DOW-UAP-D49, Launch Summary, Vandenberg AFB, 2000
Agency: Department of War
Incident date: 2/3/00
Page 15
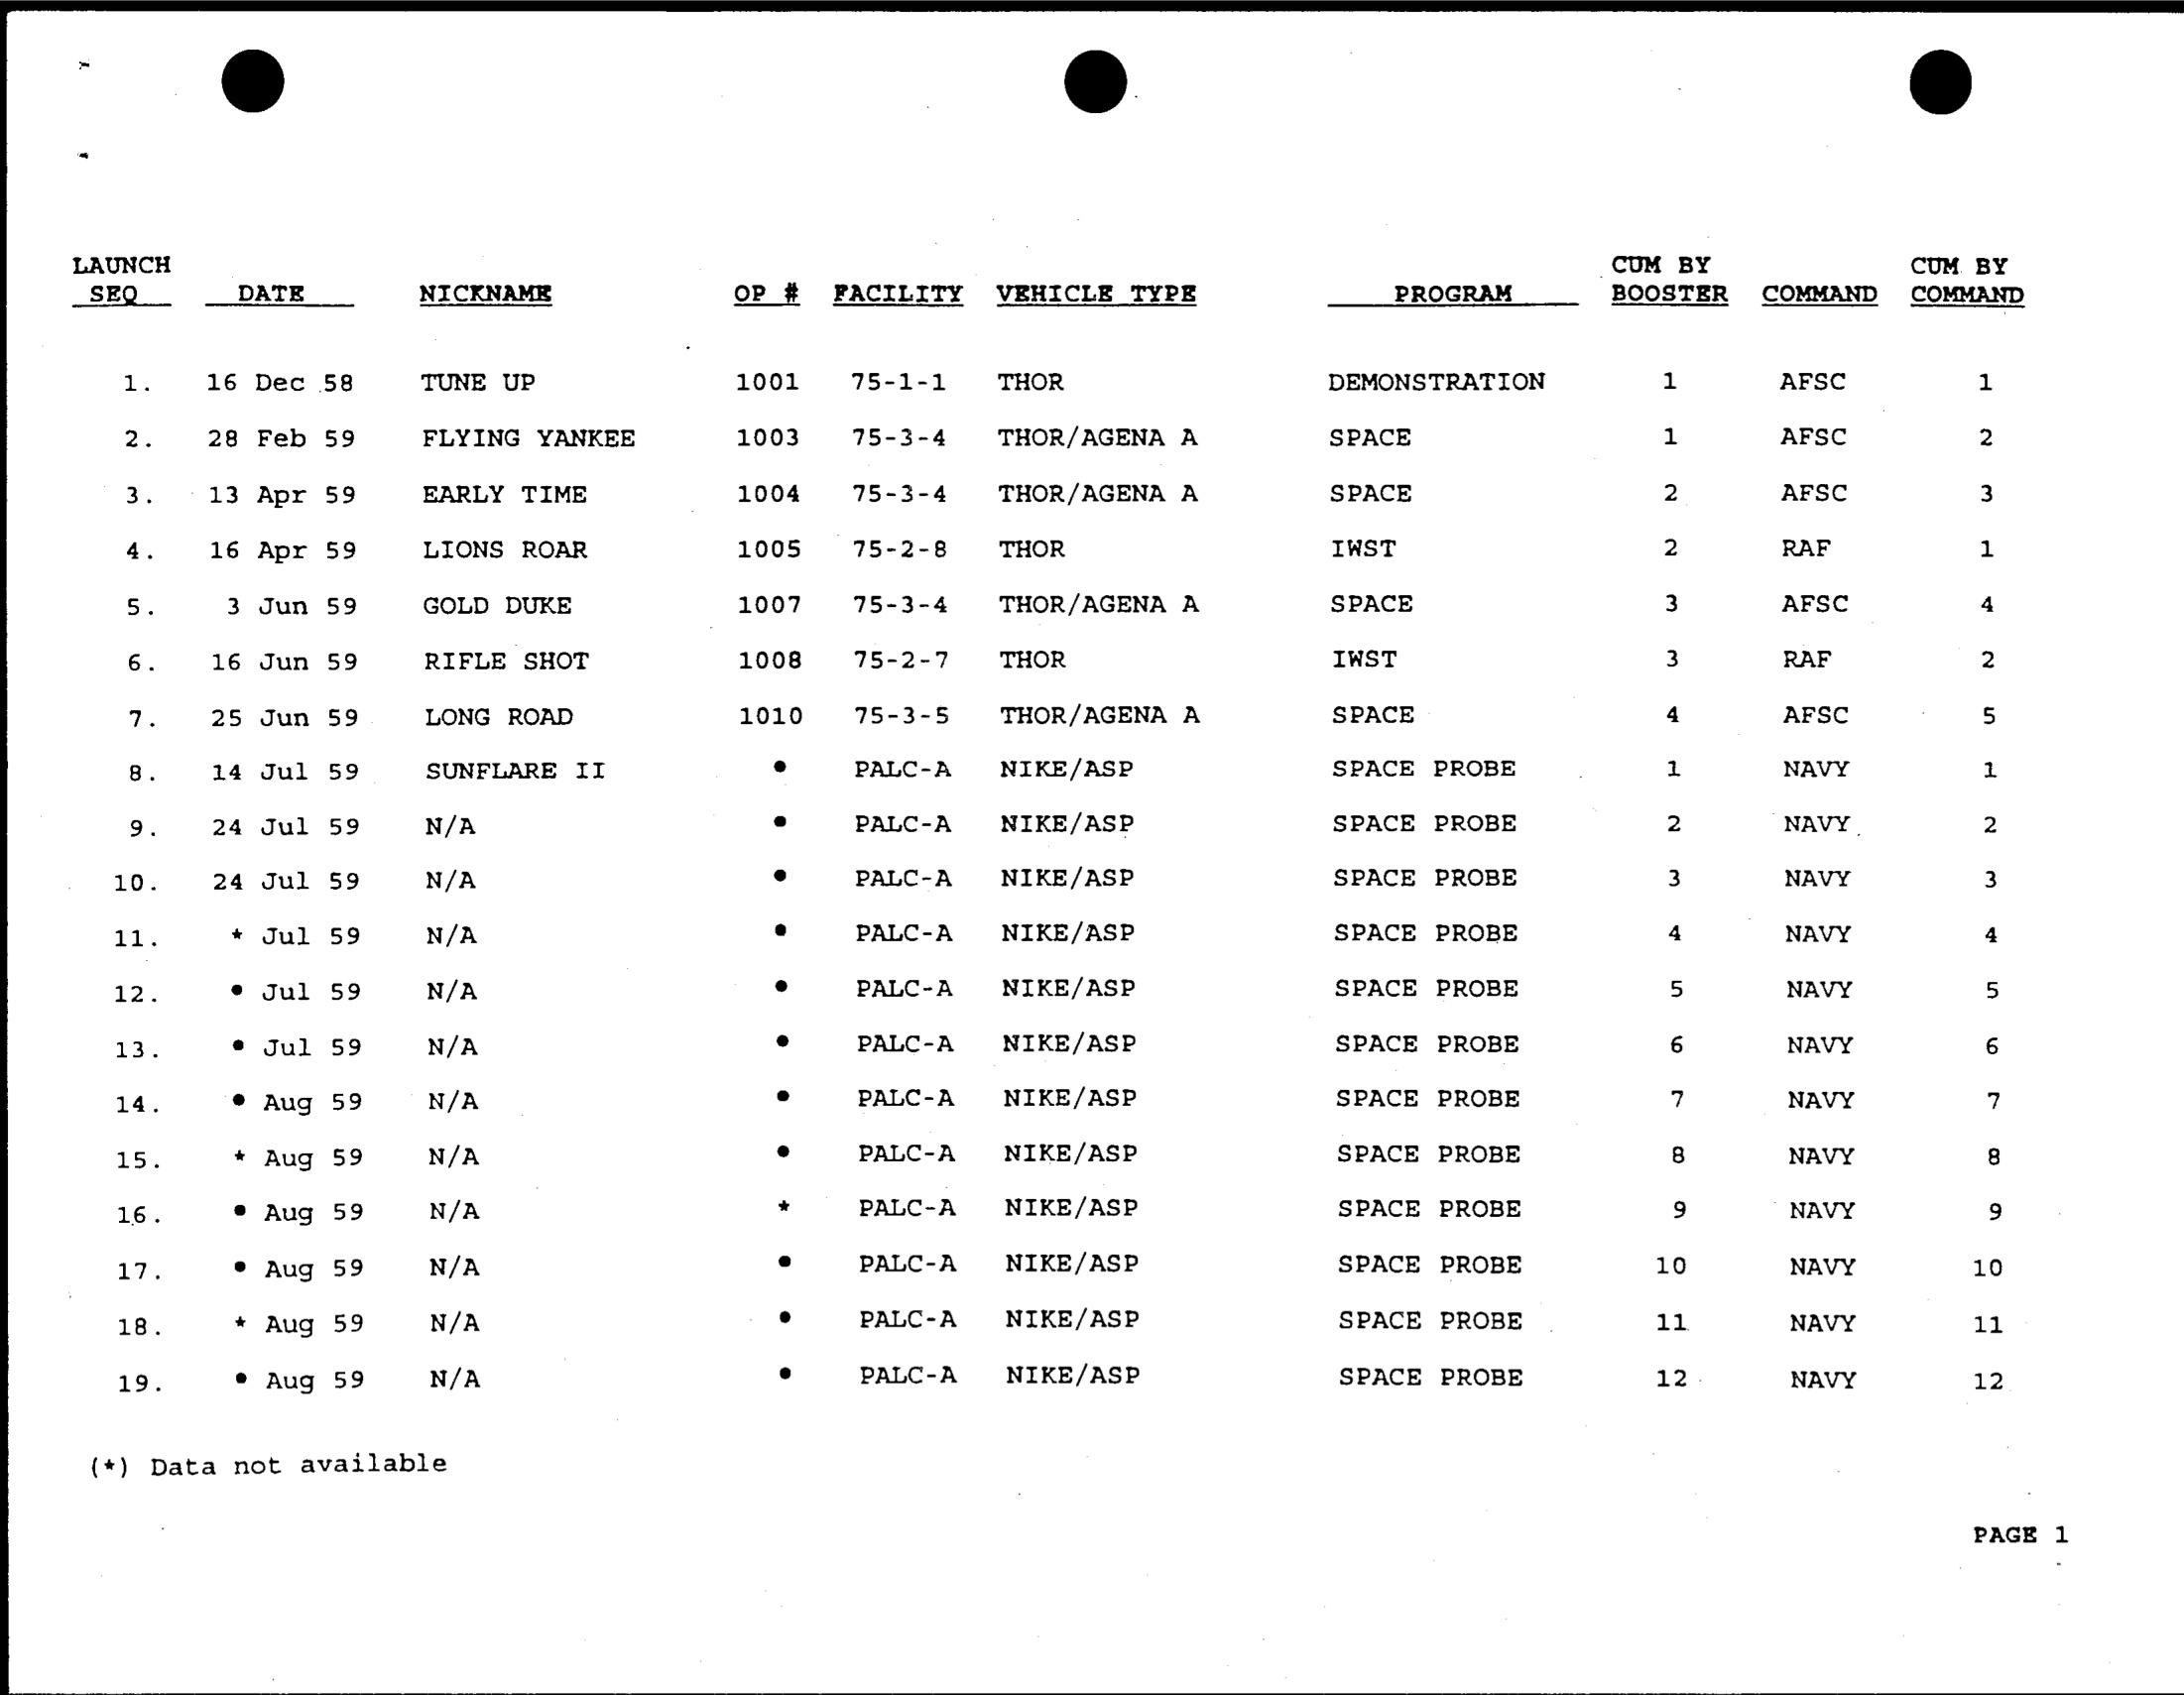